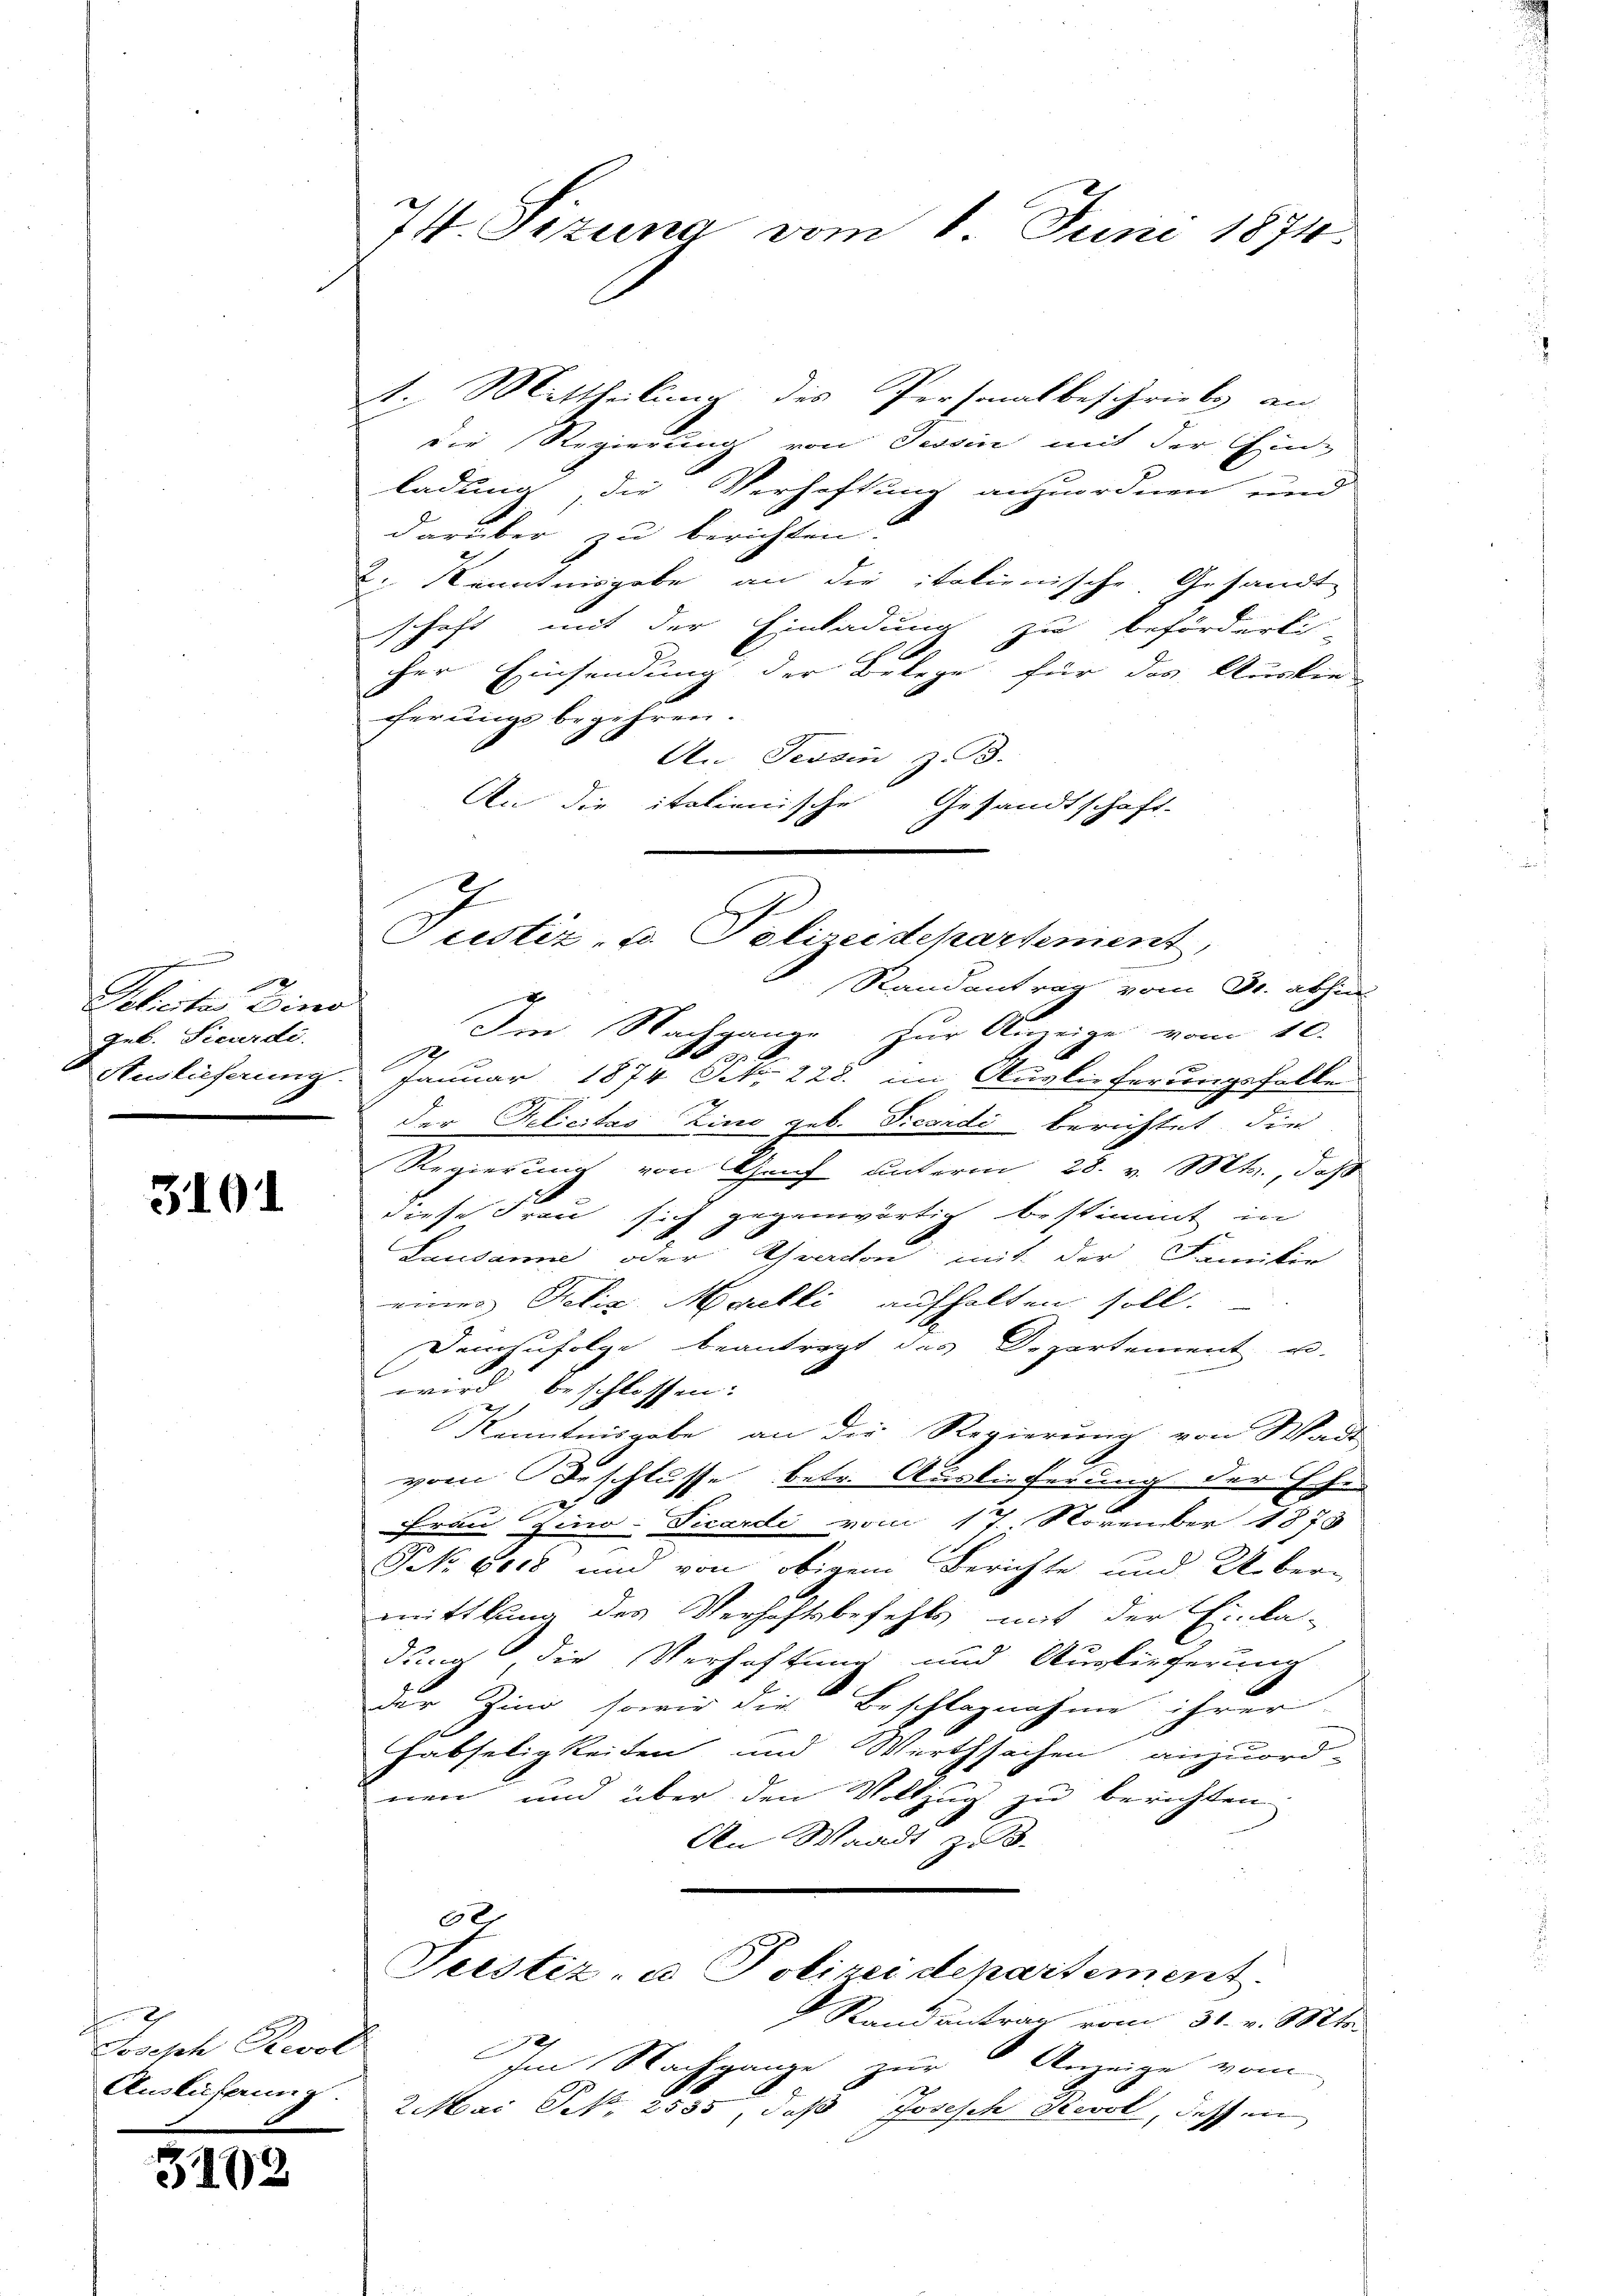
n
2
Pelector Eins
Jub. Sicardi.
Auslieferung.

3101

sasch Revol
Auslösung

3102

74. Sizung vom 1. Juni 1874.

t Mittheilung des Personalbeschriebe an
die Regierung von Tessin mit der Ein-
ladung die Verhaftung anzuordnen und
darüber zu berichten:
d. Kenntnisgabe an die italienische Gesandt-
schaft mit der Einladung zu beförderli
cher Einsendung der Belege für das Ausken
ferungs begehren.
An Tessin z. B.
An die italienische Gesandtschaft-
Randantrag vom Dr. abhin
g
Im Nachgange zur Anzeige vom 10.
548 a
e
Januar 1874 Frk. 228. im Auslieferungsfalle
der Geliestas Zino geb. Ficandi berichtet, die
Regierung von Graf unterm 28. v. Mts. daß
diese Frau sich gegenwärtig bestimmt in
Lausanne oder Schraion mit der Familie
einer Felix Malli aufhalten soll.
demzufolge beantragt das Departement u.
wird beschlossen:
Kenntnisgabe an die Regierung von Wadi
gaen Beschlusse betr. Auslieferung der Ehe
Frau Zino-Sicardi vom 17. November 1873
PNNo. 6018 und von obigem Berichte und Uebermittlung des Verhaftsbefehls mit der Einla-
dung, die Verhaftung und Auslieferung
der Zind, sowie die Beschlagnahme ihrer
Fabseligkeiten und Wirthsachen anzuord-
nen und über den Vollzug zu berichten.
An Waadt zu 3.
6x
Teistiz- u Polizeidepartement.
Randantrag vom 31. v. Mts.
Im Nachgange zur Anzeige vom
2 Mai Frk. 2555, daß Josesch Revol, dessen

2
Justiz- u. Polizeidepartement,